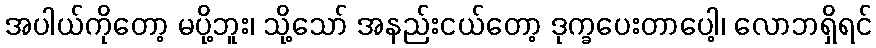
အပါယ်ကိုတော့ မပို့ဘူး၊ သို့သော် အနည်းငယ်တော့ ဒုက္ခပေးတာပေါ့၊ လောဘရှိရင်